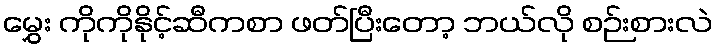
မွှေး ကိုကိုနိုင့်ဆီကစာ ဖတ်ပြီးတော့ ဘယ်လို စဉ်းစားလဲ